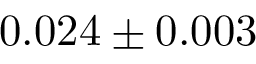
0 . 0 2 4 \pm 0 . 0 0 3